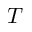
T